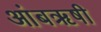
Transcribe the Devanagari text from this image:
आंबॠषी